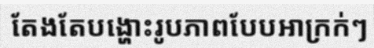
តែងតែបង្ហោះរូបភាពបែបអាក្រក់ៗ